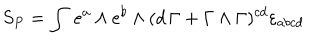
LaTeX: S _ { P } = \int \, e ^ { a } \wedge e ^ { b } \wedge ( d \, \Gamma + \Gamma \wedge \Gamma ) ^ { c d } \varepsilon _ { a b c d } \label 3